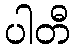
ပါတီ